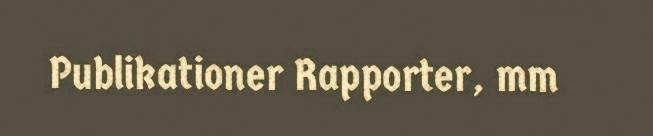
Publikationer Rapporter, mm